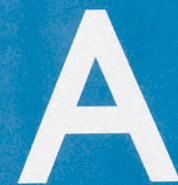
A